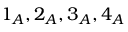
1 _ { A } , 2 _ { A } , 3 _ { A } , 4 _ { A }